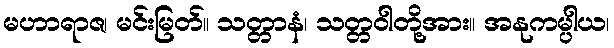
မဟာရာဇ၊ မင်းမြတ်။ သတ္တာနံ၊ သတ္တဝါတို့အား။ အနုကမ္ပါယ၊